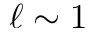
\ell \sim 1